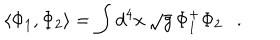
LaTeX: \langle \Phi _ { 1 } , \Phi _ { 2 } \rangle = \int d ^ { 4 } x \, \sqrt { g } \, \Phi _ { 1 } ^ { + } \Phi _ { 2 } .